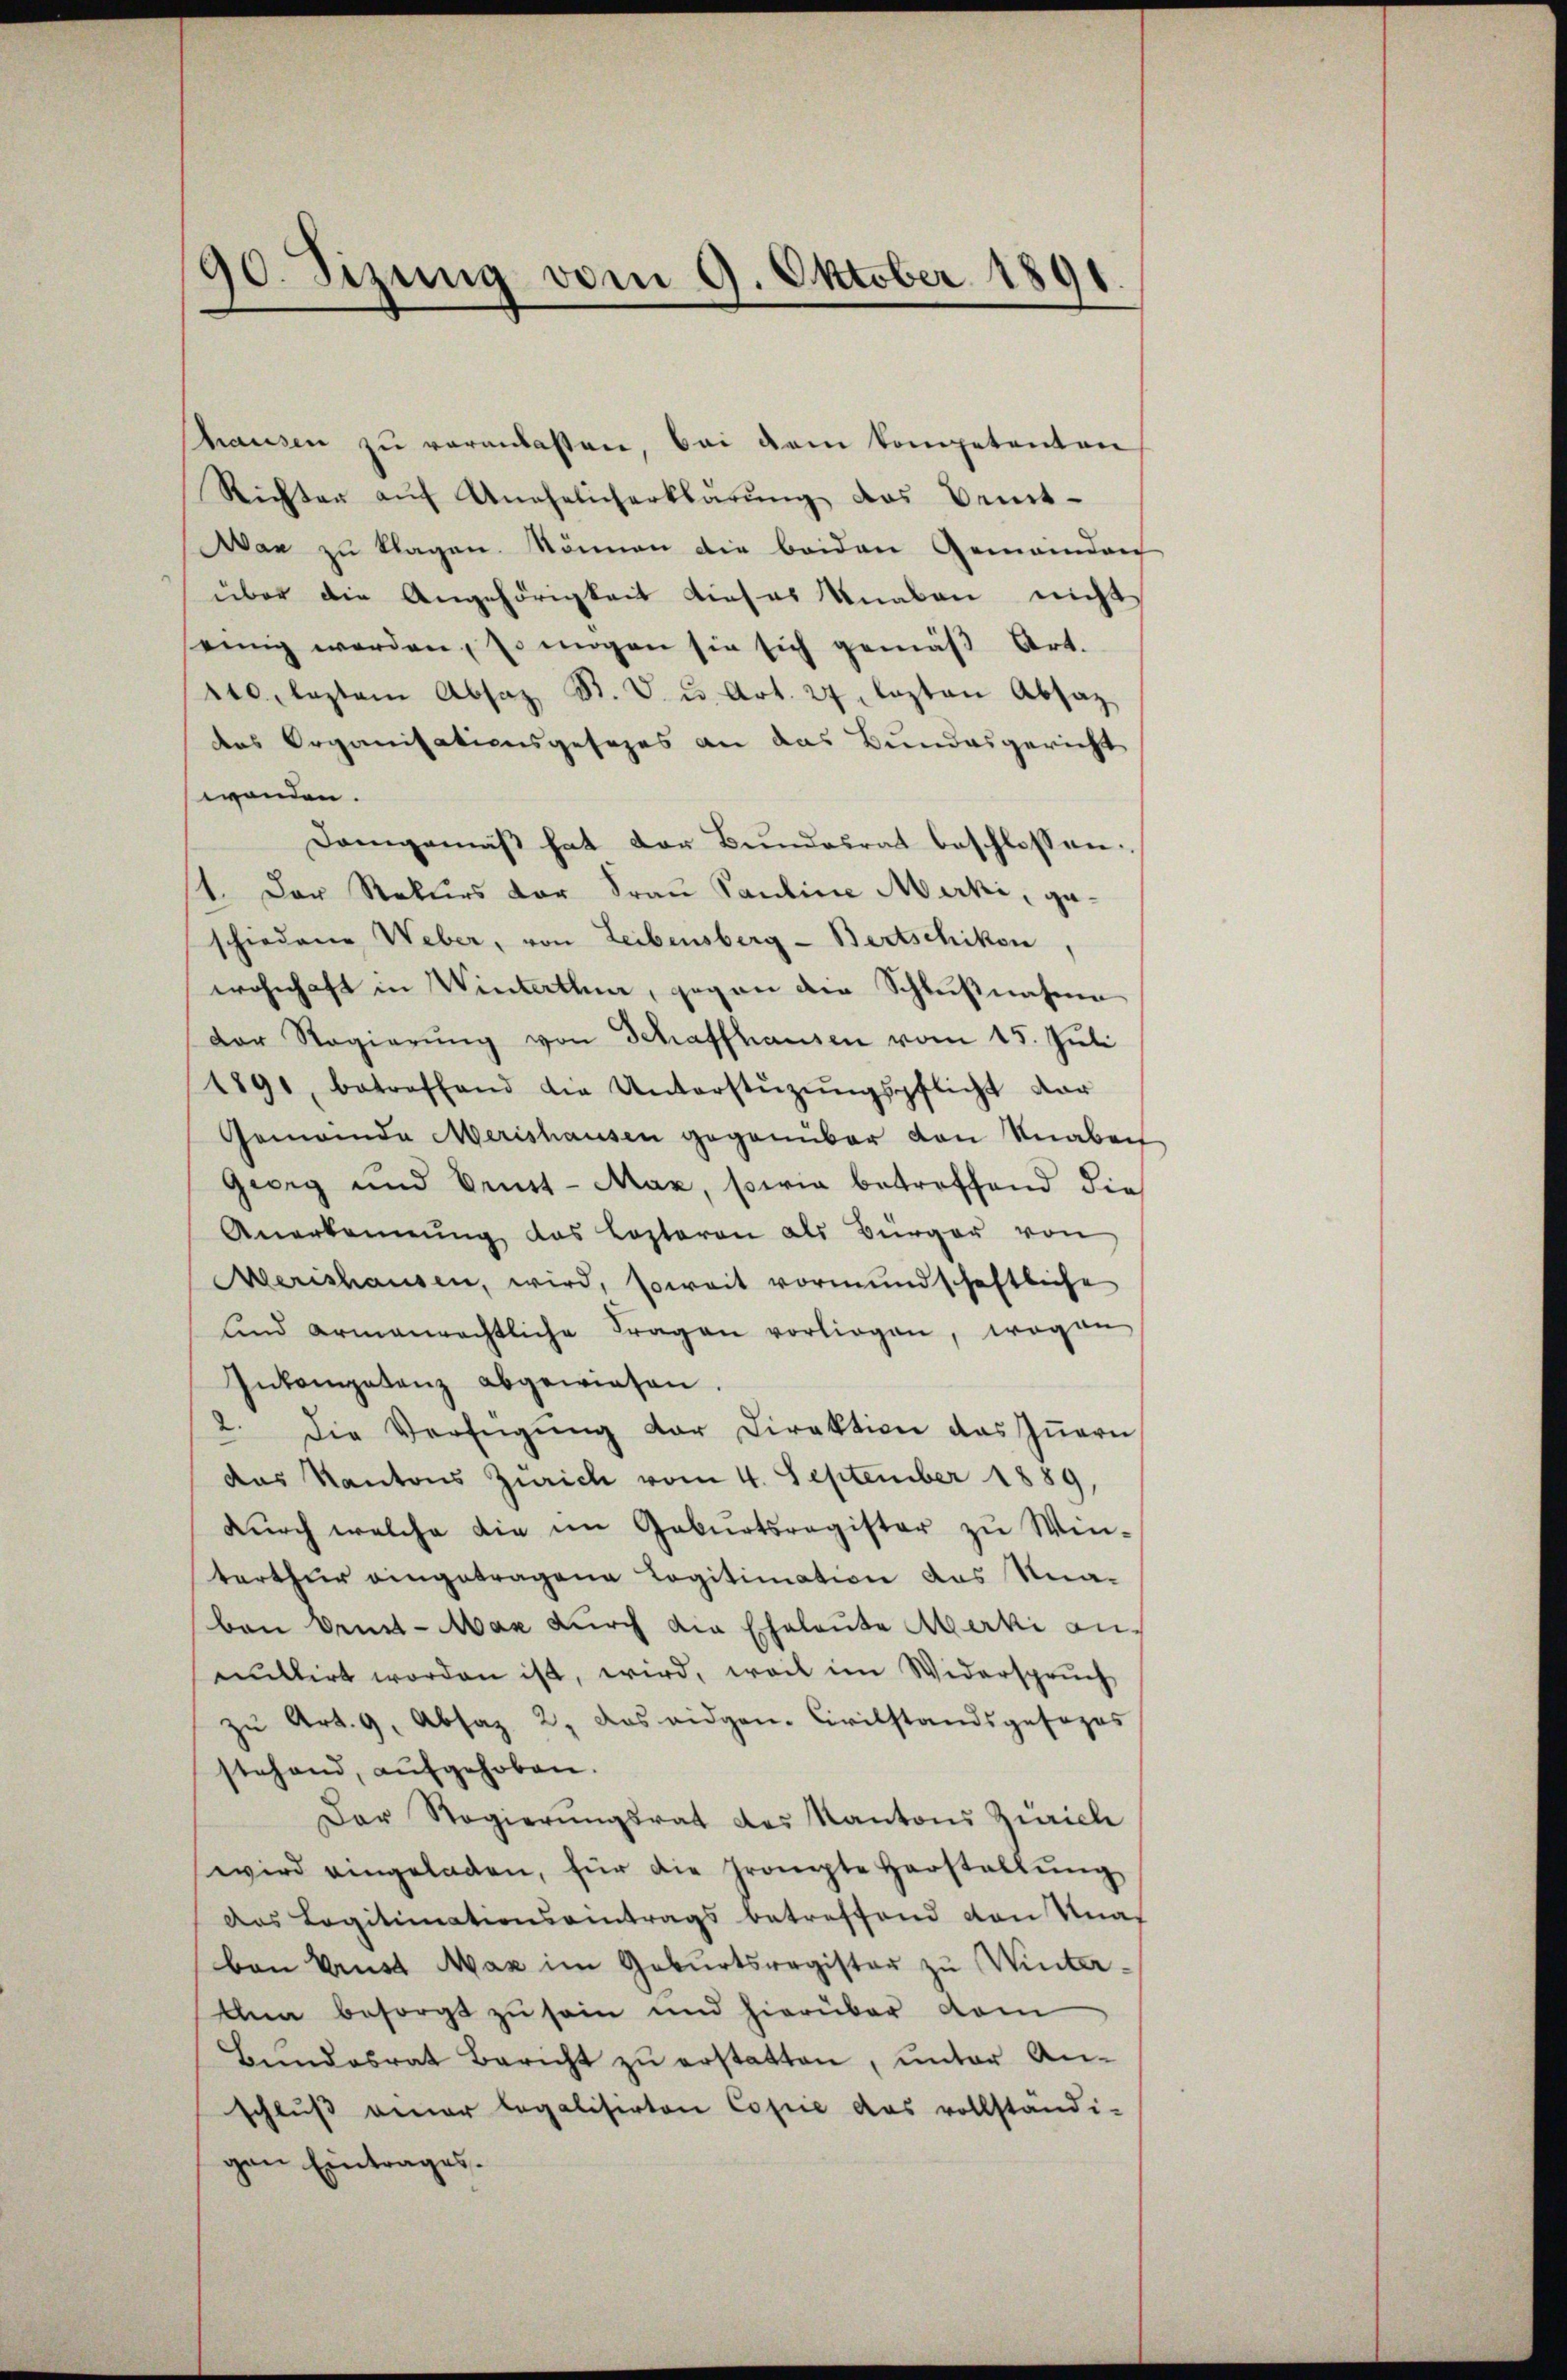
90. Sizung vom 9. Oktober 1891
e

hausen zu veranlassen, bei dem kompetenten
Richter auf Unehelicherklärŭng des Ommt-
Wan zu klagen. Nönnen die beiden Gemeinder
über die Angehörigkeit dieses Knaben nicht
einig werden, so mögen sie sich gemäß Art.
100. leztem Absaz R. V. u. Art. 27 lezten Absaz
des Organisationsgesezes an das Bundesgericht
wenden.
Demgemäß hat der Bundesrat beschlossen:
1. Der Rekurs der Frau Pauline Merki, geschiedene Weber, von Leibensberg - Bertschiken,
wohnhaft in Winterthur, gegen die Schlußnahme
Der Regierŭng von Schaffhausen vom 15. Juli
1891, betreffend die Unterstüzŭngspflicht dar
Gemeinde Merishausen gegenüber von Knaben
Georg und Brust-Max, sowie betreffend die
Anerkennung das Lopteren als Bürger von
Merishausen, wird, soweit vormundschaftliche
und armenrechtliche Fragen vorliegen, wogen
Inkompetenz abgewiesen.
2. Die Verfügŭng der Direktion das Zŭarei
das Kantons Zürich vom 4. September 1889,
dŭrch welche die im Geburtsregister zu Winterthur eingetragene Logitimation des Knaben dens-Max durch die Eheleute Marki anmultirt worden ist, wird, weil im Widerspruch
zŭ Art. 9, Absaz 2, das eidgen. Civilstandsgesezes
stehend, aufgehoben.
Der Regierŭngsrat des Kantons Zürich
wird eingeladen, für die Grompte Herstallŭng
das Legitimationseintrags betreffend von Knaf
bon Prust Max im Geburtsregister zu Winter¬
Ahna besorgt zu sein und hierüber dem
Bundesrat Bericht zŭ erstatten, unter An-
schlŭβ anner legalisirten Copie das vollständi-
gen Eintrages.